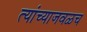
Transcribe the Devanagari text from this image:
त्यांच्याजवळच